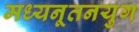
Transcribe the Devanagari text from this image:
मध्यनूतनयुग